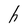
Character: h